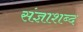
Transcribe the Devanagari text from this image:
संज्ञाशब्द